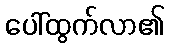
ပေါ်ထွက်လာ၏